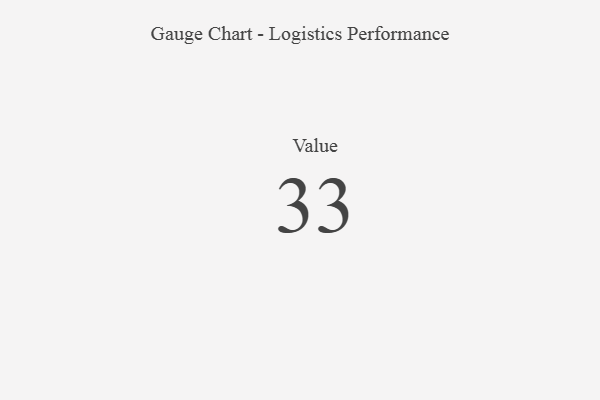
{"axis": {"x": "Metric", "y": "Value"}, "legend": [""], "data": [{"x": "Value", "y": 33, "type": ""}]}